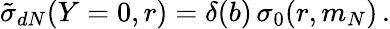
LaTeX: \tilde{\sigma}_{dN}(Y=0,r)=\delta(b)\, \sigma_{0}(r,m_{N})\, .